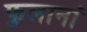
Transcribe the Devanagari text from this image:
फुलानां